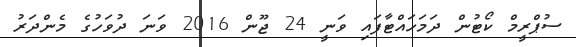
ސުޕްރީމް ކޯޓުން ދަމަހައްޓާފައި ވަނީ 24 ޖޫން 2016 ވަނަ ދުވަހުގެ މެންދަރު